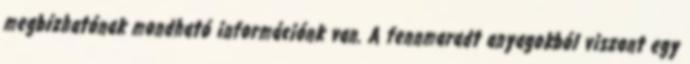
megbízhatónak mondható információnk van. A fennmaradt anyagokból viszont egy